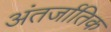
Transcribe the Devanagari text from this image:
अंतर्जातिक